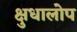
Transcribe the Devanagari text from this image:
क्षुधालोप